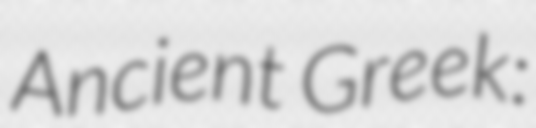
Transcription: Ancient Greek: